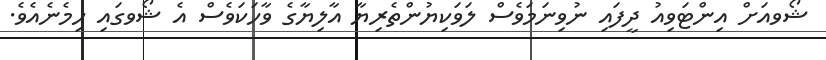
ޝޯވއަށް އިންޓަވިއު ދީފައި ނުވިނަމަވެސް ލަވަކިޔުންތެރިޔާ އާލިޔާގެ ވާހަކަވެސް އެ ޝޯވގައި ހިމެނެއެވެ.